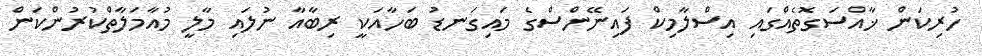
ހުރިކަން ޚާއްސަގޮތެއްގައި އިސްލާމިކް ފައިނޭންސްގެ މައިގަނޑު ބަހާއަކީ ރިބާއާ ނުލައި މާލީ މުއާމަލާތްކުރުންކަން